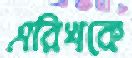
এরিখকে